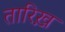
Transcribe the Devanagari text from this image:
तारिख़